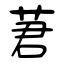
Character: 莙